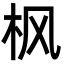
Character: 枫